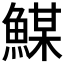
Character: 𩹮